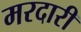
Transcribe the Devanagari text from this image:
मरदारी